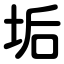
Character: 垢